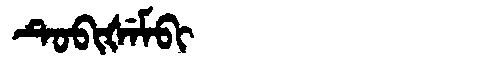
Manchu: ᡨᡠᠪᡳᡧᡝᠮᠪᡳ
Romanization: TUBIŠEMBI